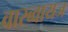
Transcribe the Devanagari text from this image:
वारब्वायज